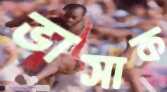
ভাসাক